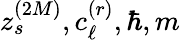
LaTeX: z_{s}^{(2M)},c_{\ell}^{(r)},\hbar,m